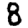
Digit: 8